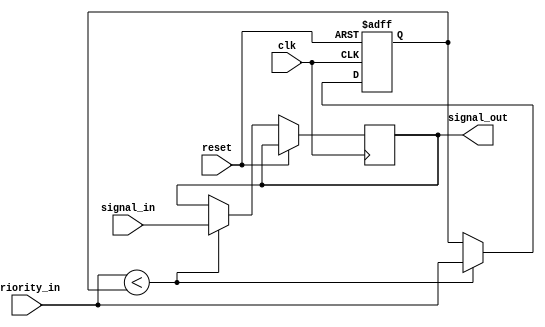
module PriorityBypassRegister (
    input wire clk,
    input wire reset,
    input wire [3:0] priority_in,
    input wire [3:0] signal_in,
    output reg [3:0] signal_out
);

reg [3:0] priority_reg;

always @(posedge clk or posedge reset) begin
    if (reset) begin
        priority_reg <= 4'b0000;
    end else begin
        if (priority_in < priority_reg) begin
            priority_reg <= priority_in;
            signal_out <= signal_in;
        end
    end
end

endmodule